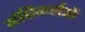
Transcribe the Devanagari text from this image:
संधिकर्ताओं